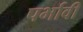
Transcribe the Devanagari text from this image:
पर्भावी